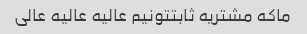
ماکه مشتریه ثابتتونیم عالیه عالیه عالی